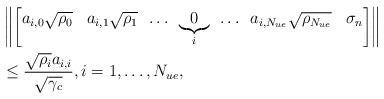
LaTeX: \begin{align*}&\left \Vert \begin{bmatrix} a_{i,0}\sqrt{\rho_{0}} & a_{i,1}\sqrt{\rho_{1}} & \!\ldots\! &\underbrace{0}_{i} & \!\ldots\! & a_{i,N_{ue}}\sqrt{\rho_{N_{ue}}} &\sigma_n\end{bmatrix} \right \Vert \\&\leq \frac{\sqrt{\rho_i} a_{i,i}}{\sqrt{\gamma_c}}, i=1, \ldots, N_{ue}, \end{align*}